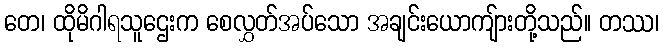
တေ၊ ထိုမိဂါရသူဌေးက စေလွှတ်အပ်သော အချင်းယောကျ်ားတို့သည်။ တဿ၊